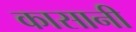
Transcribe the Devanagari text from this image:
कासानी